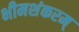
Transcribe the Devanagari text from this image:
भीमशंकरम्